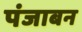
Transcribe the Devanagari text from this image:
पंजाबन